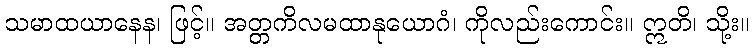
သမာထယာနေန၊ ဖြင့်။ အတ္တကိလမထာနုယောဂံ၊ ကိုလည်းကောင်း။ ဣတိ၊ သို့း။